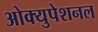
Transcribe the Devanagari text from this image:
ओक्युपेशनल